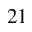
^ Ḋ 2 1 Ḍ